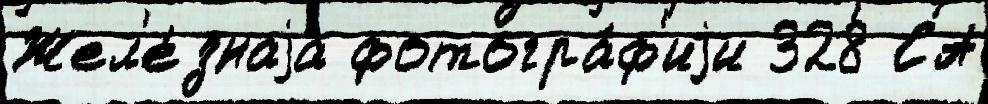
Жел'е́знаjа фотогра́ф'иjи 328 СА